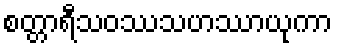
စတ္တာရီသဝဿသဟဿာယုကာ